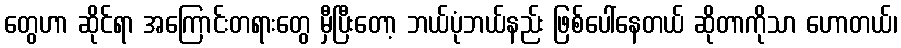
တွေဟာ ဆိုင်ရာ အကြောင်းတရားတွေ မှီပြီးတော့ ဘယ်ပုံဘယ်နည်း ဖြစ်ပေါ်နေတယ် ဆိုတာကိုသာ ဟောတယ်၊